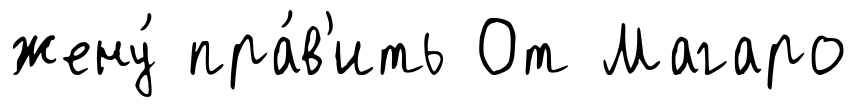
жену́ пра́в'ить От Магаро